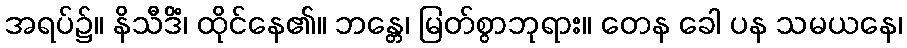
အရပ်၌။ နိသီဒိံ၊ ထိုင်နေ၏။ ဘန္တေ၊ မြတ်စွာဘုရား။ တေန ခေါ ပန သမယနေ၊